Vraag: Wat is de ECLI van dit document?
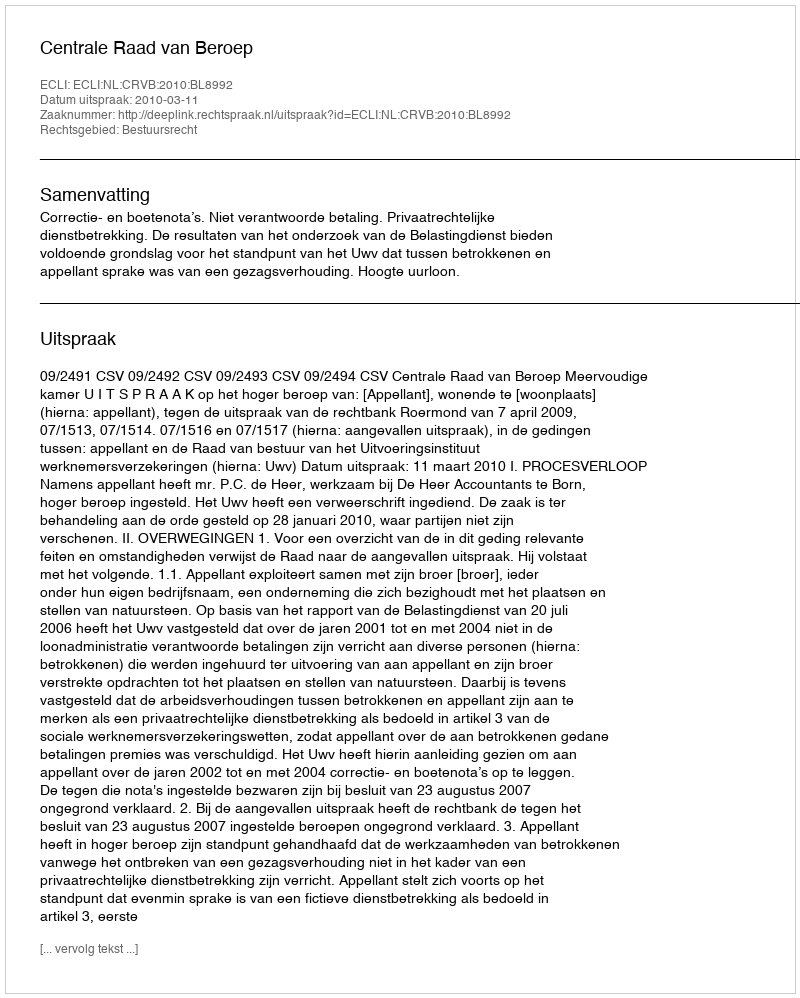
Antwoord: ECLI:NL:CRVB:2010:BL8992